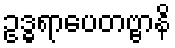
ဥဒ္ဓရာပေတဗ္ဗာနိ